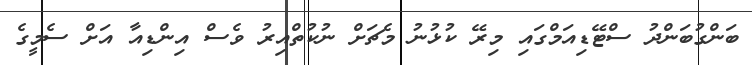
ބަންގުބަންދު ސްޓޭޑިއަމްގައި މިރޭ ކުޅުނު މެޗަށް ނުކުތްއިރު ވެސް އިންޑިއާ އަށް ސެމީގެ